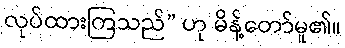
လုပ်ထားကြသည်” ဟု မိန့်တော်မူ၏။